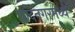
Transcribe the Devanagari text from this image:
चाँदनगरमध्ये